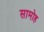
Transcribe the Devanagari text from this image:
सामोह